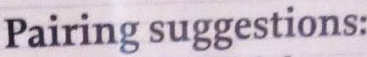
Pairing suggestions: